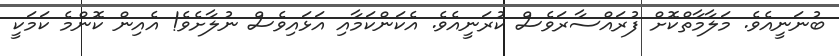
ބުނަނީއެވެ. މަލާމާތްކޮށް ފުރައްސާރަވެސް ކުރަނީއެވެ. އެކަންކަމާއި އަޅައިވެސް ނުލާށެވެ! އެއިން ކޮންމެ ކަމަކީ